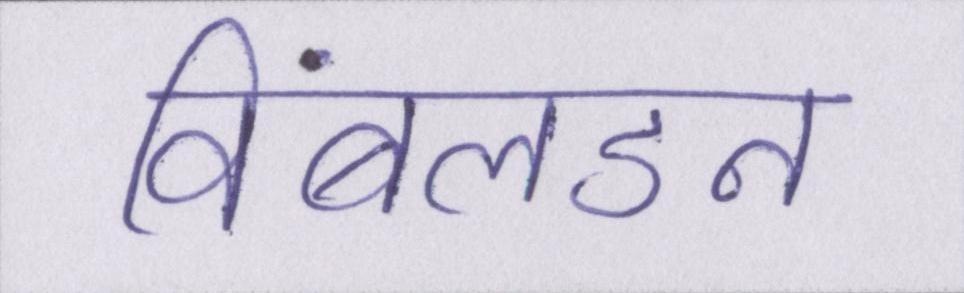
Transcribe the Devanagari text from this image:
विंबलडन